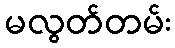
မလွတ်တမ်း